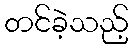
တင်ခဲ့သည့်